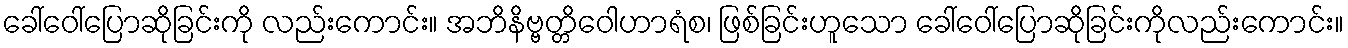
ခေါ်ဝေါ်ပြောဆိုခြင်းကို လည်းကောင်း။ အဘိနိဗ္ဗတ္တိဝေါဟာရံစ၊ ဖြစ်ခြင်းဟူသော ခေါ်ဝေါ်ပြောဆိုခြင်းကိုလည်းကောင်း။